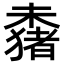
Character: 𬄞